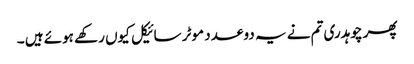
پھر چوہدری تم نے یہ دو عدد موٹر سائیکل کیوں رکھے ہوئے ہیں ۔